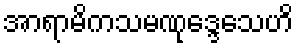
အာရာမိကသမဏုဒ္ဒေသေဟိ